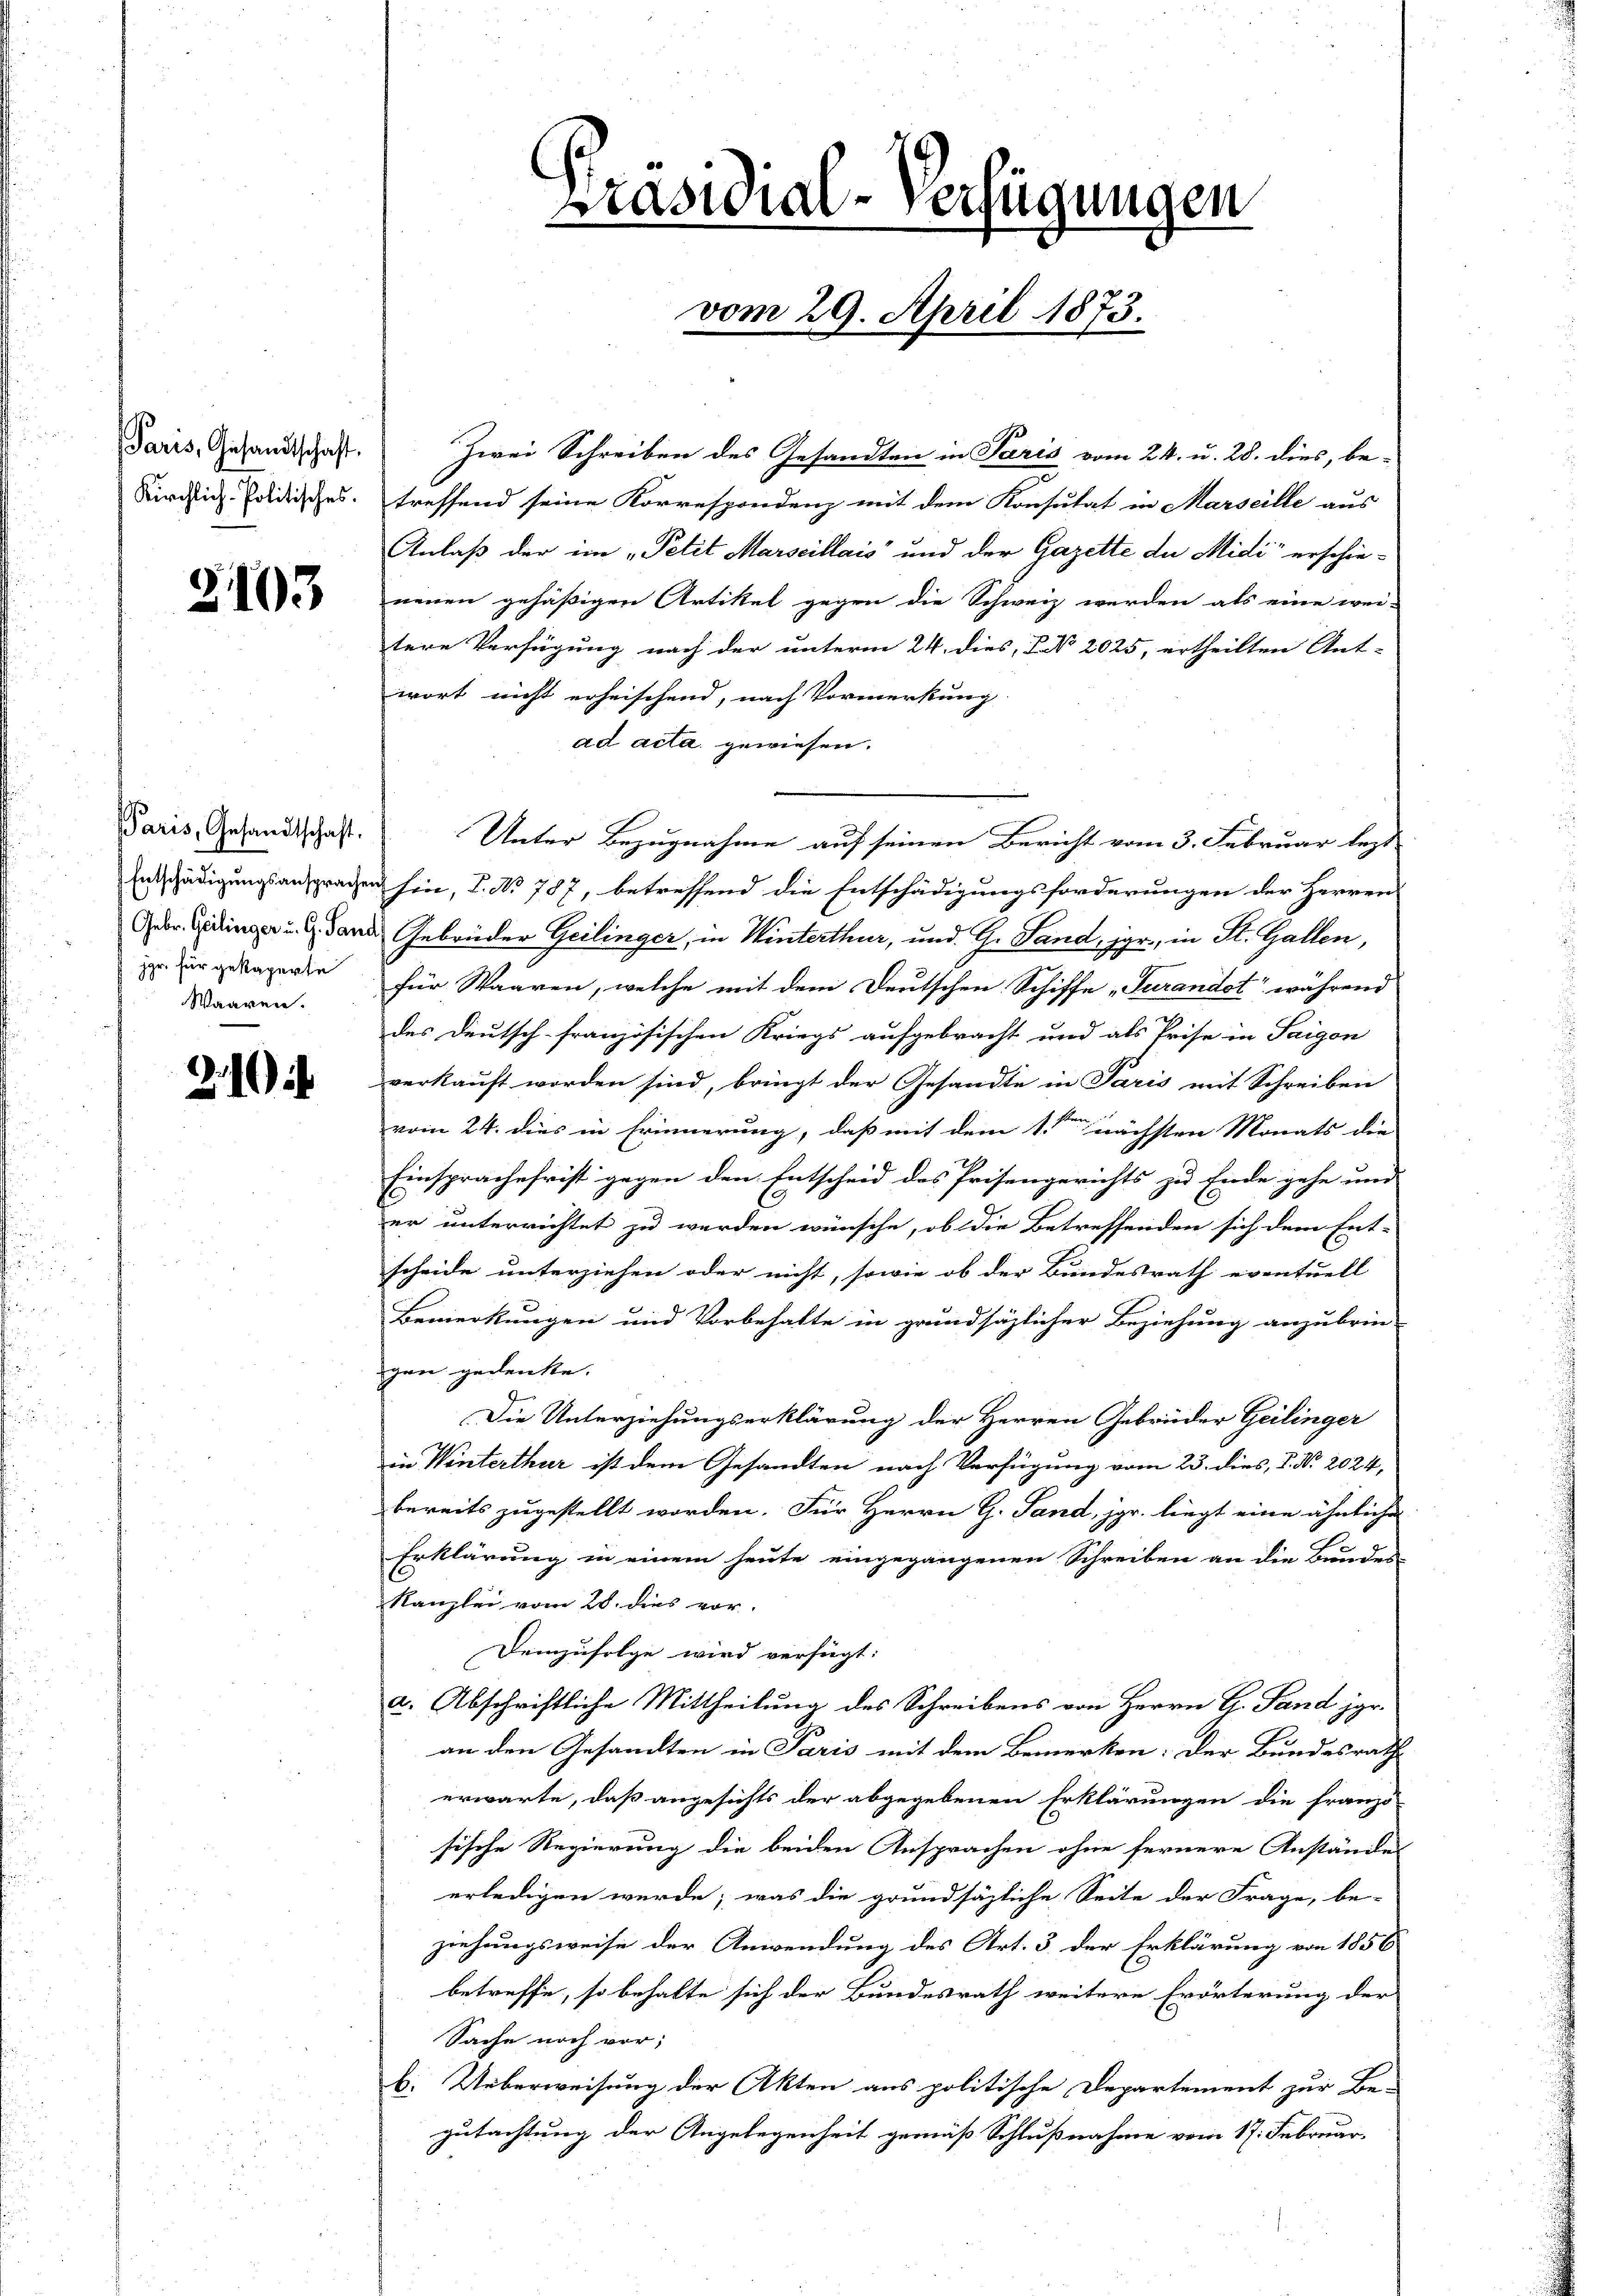
Paris, Gesandtschaft.

2103

Paris, Gesandtschaft.
Waaren.

21

Zwei Schreiben des Gesandten in Paris vom 24. u. 28. dies, be-
Kirchlich-Poldisches. treffend seine Korrespondenz mit dem Konsutat in Marseille aus
Anlaß der im „Petit Marseillais und der Gazette de Midi“ erschieneuen gehäßigen Artikel gegen die Schweiz werden als eine wei-
tere Verfügung nach der unterm 24. dies, No. 2025, ertheilten Ant-
wort nicht erheischend, nach Vormerkung
ad acta gewiesen.
Unter Bezugnahme auf seinen Bericht vom 3. Februar lezt
Entschädigungsansprachen hin, C. No 787, betreffend die Entschädigungsforderungen der Herren
Oder Gedinger u. dann Gebrüder Geilinger, in Winterthur, und G. Sand, jgr., in St. Gallen,
i zur gelagerte für Waaren, welche mit dem Deutschen Schiffe „Turandet“ während
.
des Deutsch-französischen Kriegs aufgebracht und als Prise in Saigon
verkauft worden sind, bringt der Gesandte in Paris mit Schreiben
vom 24. dies in Erinnerung, daß mit dem 1ten nächsten Monats die
Einsprachefrist gegen den Entscheid des Prisengerichts zu Ende gehe und
d
er unterrichtet zu werden wünsche, ob die Betreffenden sich dem Ent-
scheide unterziehen oder nicht, sowie ob der Bundesrath eventuell
Bemerkungen und Vorbehalte in grundsätzlicher Beziehung anzubrin-
gen gedenke.
Die Unterziehungserklärung der Herren Gebrüder Geilinger
in Winterthur ist dem Gesandten nach Verfügung vom 23. dies, P. No. 2024,
bereits zugestellt worden. Für Herrn G. Sand, jpr. liegt eine ähnliche
Erklärung in einem heute eingegangenen Schreiben an die Bundes-
Kanzlei vom 28. dies vor.
demzufolge wird verfügt:
a. Abschriftliche Mittheilung des Schreibens von Herrn G. Sand jer-
an den Gesandten in Paris mit dem Bemerken: der Bundesrath
erwarte, daß angesichts der abgegebenen Erklärungen die franzö-
sische Regierung die beiden Ansprachen ohne fernere Anständes
erledigen werde; was die grundsäzliche Seite der Frage, be-
ziehungsweise der Anwendung des Art. 3 der Erklärung von 1856
betreffe, so behalte sich der Bundesrath weitere Erörterung der
Sache noch vor;
b. Ueberweisung der Akten aus politische Departement zur Be-
gutachtung der Angelegenheit gemäß Schlußnahme vom 17. Februar.

Präsidial-Verfügungen
vom 29. April 1873.